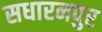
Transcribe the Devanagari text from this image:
सधारनपुर